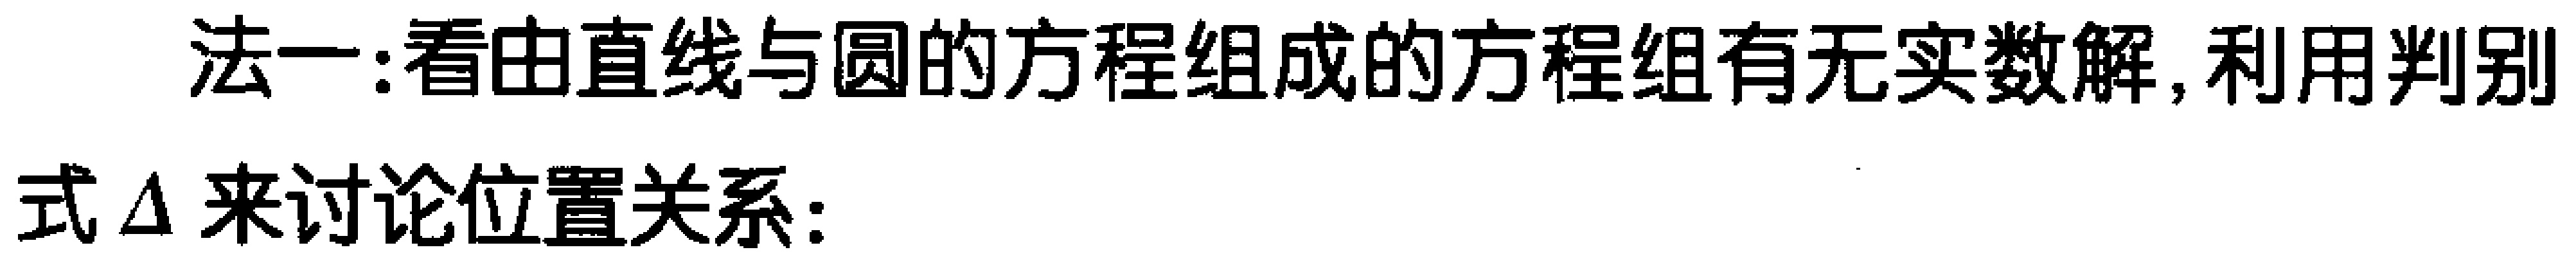
法一:看由直线与圆的方程组成的方程组有无实数解,利用判别式\(\Delta\)来讨论位置关系: